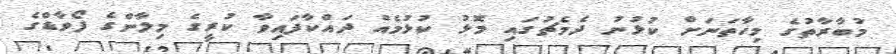
މުބާރާތުގެ މިހާތަނަށް ކުޅުނު ދެމެޗުގައި މޮޅު ކުޅުމެއް ދައްކާފައިވާ ކުރީގެ މިލާންގެ ފޯވާޑްގެ